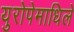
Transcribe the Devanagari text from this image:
युरोपेमाधिले